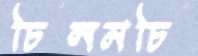
চিলমচি